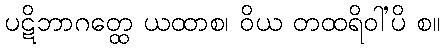
ပဋိဘာဂတ္ထေ ယထာစ၊ ဝိယ တထရိဝါ’ပိ စ။